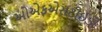
ઓએફએસટીઈડી